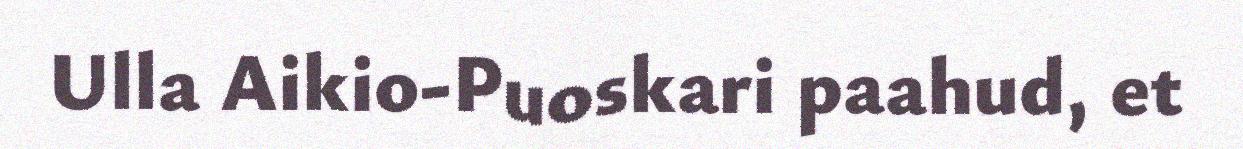
Ulla Aikio-Puoskari paahud, et